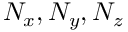
N _ { x } , N _ { y } , N _ { z }